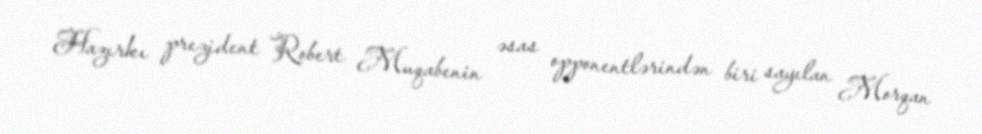
Hazırkı prezident Robert Muqabenin əsas opponentlərindən biri sayılan Morqan